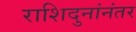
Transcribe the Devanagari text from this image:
राशिदुनांनंतर